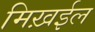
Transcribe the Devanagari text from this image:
मिख़ईल